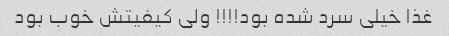
غذا خیلی سرد شده بود!!!! ولی کیفیتش خوب بود